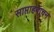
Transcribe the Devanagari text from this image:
साप्ताहवाचन